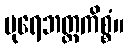
ပုရေဘတ္တကိစ္စံ။